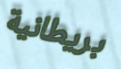
بريطانية